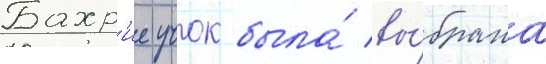
Бахр'ие учок была́ вы́брана